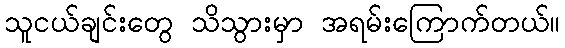
သူငယ်ချင်းတွေ သိသွားမှာ အရမ်းကြောက်တယ်။